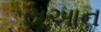
યૂઆન